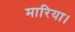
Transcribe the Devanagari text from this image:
मारिया।